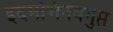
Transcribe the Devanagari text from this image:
इदमभिनवगुप्त